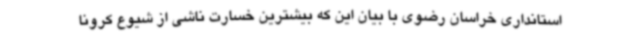
استانداری خراسان رضوی با بیان این که بیشترین خسارت ناشی از شیوع کرونا